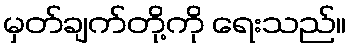
မှတ်ချက်တို့ကို ရေးသည်။